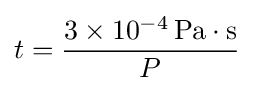
t={\frac {3\times 10^{-4}\,\mathrm {Pa} \cdot \mathrm {s} }{P}}